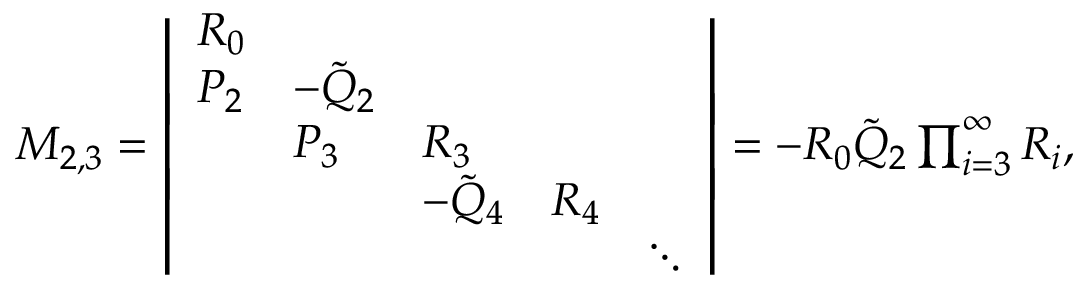
\begin{array} { r } { M _ { 2 , 3 } = \left| \begin{array} { l l l l l } { R _ { 0 } } & & & & \\ { P _ { 2 } } & { - \Tilde { Q } _ { 2 } } & & & \\ & { P _ { 3 } } & { R _ { 3 } } & & \\ & & { - \tilde { Q } _ { 4 } } & { R _ { 4 } } & \\ & & & & { \ddots } \end{array} \right| = - R _ { 0 } \Tilde { Q } _ { 2 } \prod _ { i = 3 } ^ { \infty } R _ { i } , } \end{array}